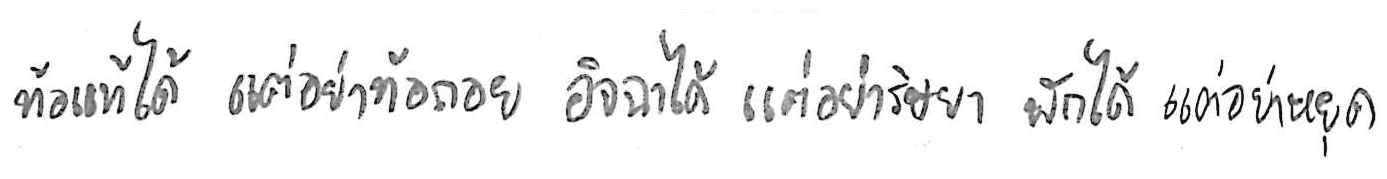
ท้อแท้ได้ แต่อย่าท้อถอย อิจฉาได้ แต่อย่าริษยา พักได้ แต่อย่าหยุด